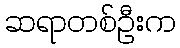
ဆရာတစ်ဦးက